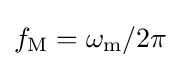
f_{\text{M}}=\omega _{\text{m}}/2\pi